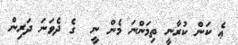
ޢެ ކަން ކުރާނީ ތިމަންނަ މެން ނީ  ގެ ދެވަނަ ދަރިން